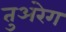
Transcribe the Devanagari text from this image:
तुअरेग